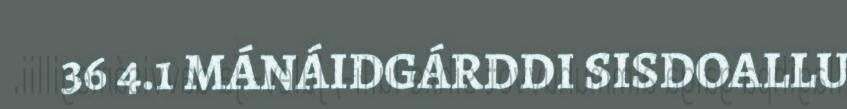
36 4.1 MÁNÁIDGÁRDDI SISDOALLU